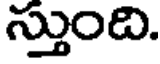
స్తుంది.